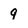
Character: 9